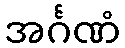
အင်္ဂဏံ